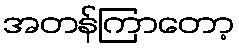
အတန်ကြာတော့